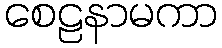
စေဠနာမကာ